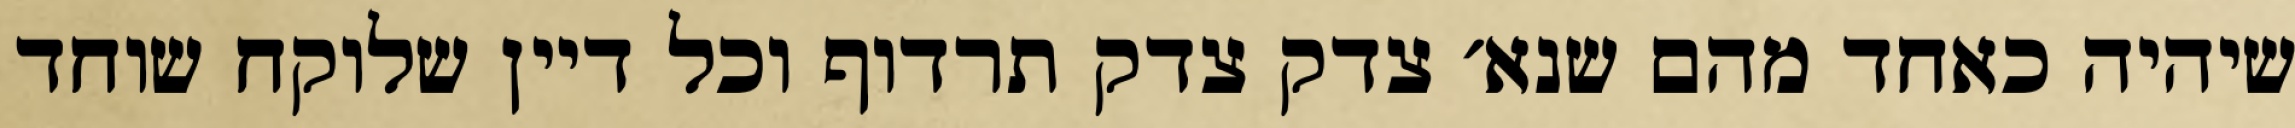
שיהיה כאחד מהם שנא׳ צדק צדק תרדוף וכל דיין שלוקח שוחד